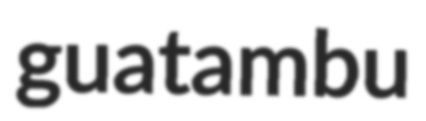
guatambu